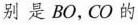
别是 BO，CO 的